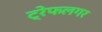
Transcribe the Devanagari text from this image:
ट्रेफलगर